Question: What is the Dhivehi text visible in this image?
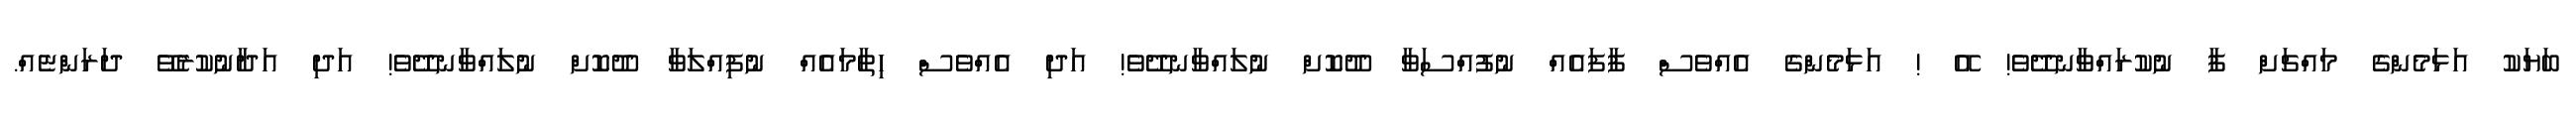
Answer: ބަޔަކު އަޅަމެންގެ މައްޗަށް ފާ ނުކުރައްވާނދޭވެ! އޭ ! އަޅަމެންގެ އެއްވެސް ފާފައެއް ނުފުއްސަވާ ދޫކޮށް ނުލައްވާނދޭވެ! އަދި އެއްވެސް ހިތާމައެއް ނުފިއްލަވާ ދޫކޮށް ނުލައްވާނދޭވެ! އަދި އަދާނުކުރެވޭ ދަރަންޏެއް.